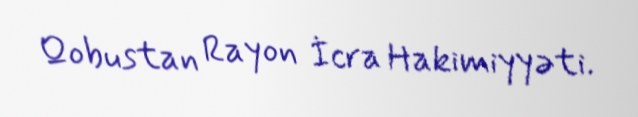
Qobustan Rayon İcra Hakimiyyəti.